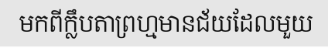
មកពីក្លឹបតាព្រហ្មមានជ័យដែលមួយ